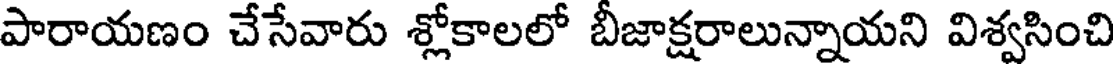
పారాయణం చేసేవారు శ్లోకాలలో బీజాక్షరాలున్నాయని విశ్వసించి